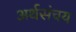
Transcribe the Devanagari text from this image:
अर्थसंचय